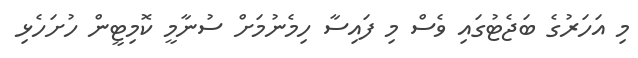
މި އަހަރުގެ ބަޖެޓުގައި ވެސް މި ފައިސާ ހިމެނުމަށް ސުނާމީ ކޮމިޓީން ހުށަހެޅި